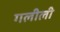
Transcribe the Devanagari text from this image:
गलीली